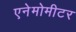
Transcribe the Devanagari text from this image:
एनेमोमीटर